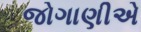
જોગાણીએ